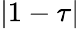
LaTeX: |1-\tau|